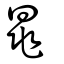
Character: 晁